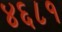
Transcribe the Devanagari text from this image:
४६८१